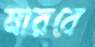
মারবে